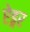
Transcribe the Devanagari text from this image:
ऐड्गर